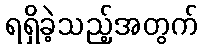
ရရှိခဲ့သည့်အတွက်